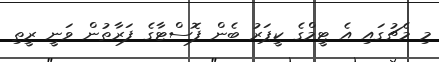
މި މެޗުގައި އެ ޓީމްގެ ކީޕަރު ބެން ފޮސްޓާގެ ފަރާތުން ވަނީ ރީތި